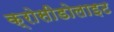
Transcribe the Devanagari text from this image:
क्रोसीडोलाइट